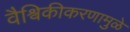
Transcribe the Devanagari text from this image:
वैश्विकीकरणामुळे